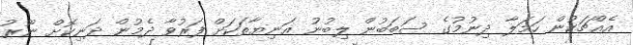
އެއްޗަކުން ހަމަލާ ދިނުމުގެ ސަބަބުން ލިބުނު އަނިޔާތަކަށް ފަރުވާ ދެމުން ދަނިކޮށް ނޫރު